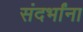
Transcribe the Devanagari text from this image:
संदर्भांना